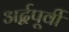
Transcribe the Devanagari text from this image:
अर्द्वपूर्वी